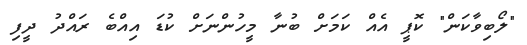
"ލޯބިވާކަން" ކޮޕީ އެއް ކަމަށް ބުނާ މީހުންނަށް ކުޑަ އިއްބެ ރައްދު ދީފި